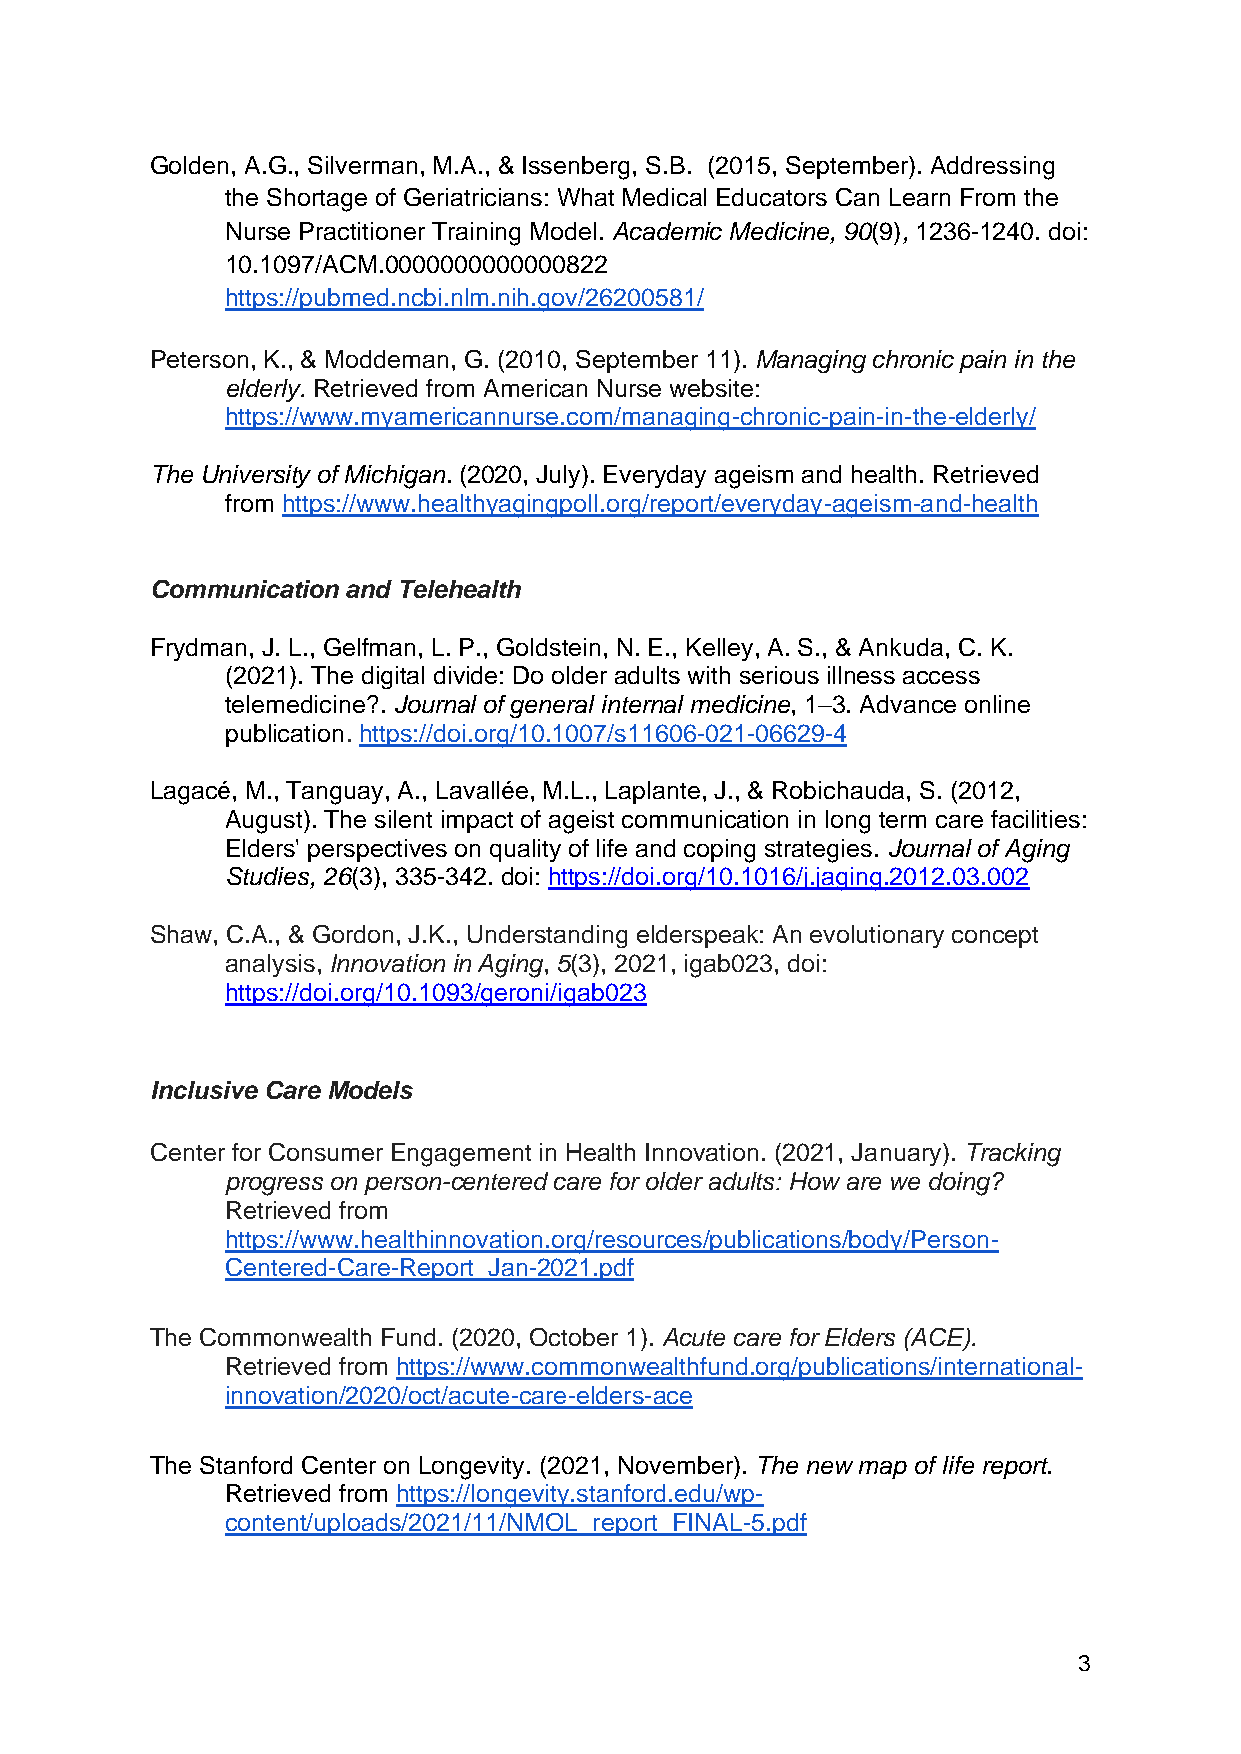
Golden, A.G., Silverman, M.A., & Issenberg, S.B. (2015, September). Addressing
 the Shortage of Geriatricians: What Medical Educators Can Learn From the
 Nurse Practitioner Training Model. Academic Medicine, 90(9), 1236-1240. doi:
 10.1097/ACM.0000000000000822
 https://pubmed.ncbi.nlm.nih.gov/26200581/
 Peterson, K., & Moddeman, G. (2010, September 11). Managing chronic pain in the
 elderly. Retrieved from American Nurse website:
 https://www.myamericannurse.com/managing-chronic-pain-in-the-elderly/
 The University of Michigan. (2020, July). Everyday ageism and health. Retrieved
 from https://www.healthyagingpoll.org/report/everyday-ageism-and-health
 Communication and Telehealth
 Frydman, J. L., Gelfman, L. P., Goldstein, N. E., Kelley, A. S., & Ankuda, C. K.
 (2021). The digital divide: Do older adults with serious illness access
 telemedicine?. Journal of general internal medicine, 1–3. Advance online
 publication. https://doi.org/10.1007/s11606-021-06629-4
 Lagacé, M., Tanguay, A., Lavallée, M.L., Laplante, J., & Robichauda, S. (2012,
 August). The silent impact of ageist communication in long term care facilities:
 Elders' perspectives on quality of life and coping strategies. Journal of Aging
 Studies, 26(3), 335-342. doi: https://doi.org/10.1016/j.jaging.2012.03.002
 Shaw, C.A., & Gordon, J.K., Understanding elderspeak: An evolutionary concept
 analysis, Innovation in Aging, 5(3), 2021, igab023, doi:
 https://doi.org/10.1093/geroni/igab023
 Inclusive Care Models
 Center for Consumer Engagement in Health Innovation. (2021, January). Tracking
 progress on person-centered care for older adults: How are we doing?
 Retrieved from
 https://www.healthinnovation.org/resources/publications/body/Person-
 Centered-Care-Report_Jan-2021.pdf
 The Commonwealth Fund. (2020, October 1). Acute care for Elders (ACE).
 Retrieved from https://www.commonwealthfund.org/publications/international-
 innovation/2020/oct/acute-care-elders-ace
 The Stanford Center on Longevity. (2021, November). The new map of life report.
 Retrieved from https://longevity.stanford.edu/wp-
 content/uploads/2021/11/NMOL_report_FINAL-5.pdf
 3